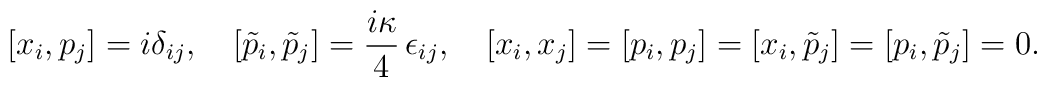
[x_{i},p_{j}]=i\delta_{ij},\quad[\tilde{p}_{i},\tilde{p}_{j}]=\frac{i\kappa}{4}\,\epsilon_{ij},\quad[x_{i},x_{j}]=[p_{i},p_{j}]=[x_{i},\tilde{p}_{j}]=[p_{i},\tilde{p}_{j}]=0.